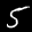
Label: 5